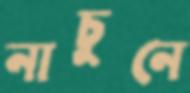
নাচুনে